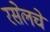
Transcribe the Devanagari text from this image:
रसेलचे